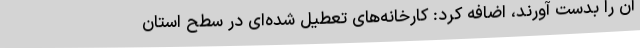
آن را بدست آورند، اضافه کرد: کارخانه‌های تعطیل شده‌ای در سطح استان